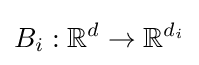
B_{i}:\mathbb {R} ^{d}\to \mathbb {R} ^{d_{i}}